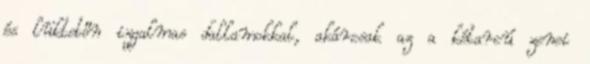
és lüktetőn izgalmas dallamokkal, akárcsak az a kétarcú zenei